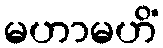
မဟာမဟိံ